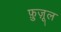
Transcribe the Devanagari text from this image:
फ़ुज़ूल